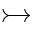
\rightarrowtail